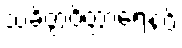
သံခိတ္တဝိတ္ထာရေနပိ